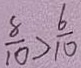
\frac { 8 } { 1 0 } > \frac { 6 } { 1 0 }